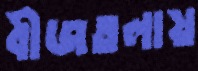
বীজতলায়